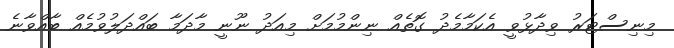
މިނިސްޓަރު ވިދާޅުވީ އެކަމާމެދު ގޮތެއް ނިންމުމަށް މިއަދު ނޫނީ މާދަމާ ބައްދަލުވުމެއް ބާއްވާނެ